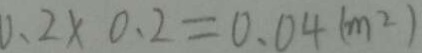
0 . 2 \times 0 . 2 = 0 . 0 4 ( m ^ { 2 } )